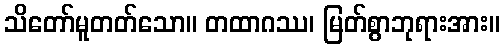
သိတော်မူတတ်သော။ တထာဂဿ၊ မြတ်စွာဘုရားအား။